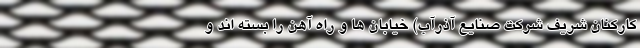
کارکنان شریف شرکت صنایع آذرآب) خیابان‌ ها و راه‌ آهن را بسته اند و